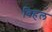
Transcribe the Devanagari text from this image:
विहल